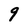
Character: 9